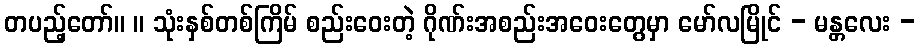
တပည့်တော်။ ။ သုံးနှစ်တစ်ကြိမ် စည်းဝေးတဲ့ ဂိုဏ်းအစည်းအဝေးတွေမှာ မော်လမြိုင် - မန္တလေး -